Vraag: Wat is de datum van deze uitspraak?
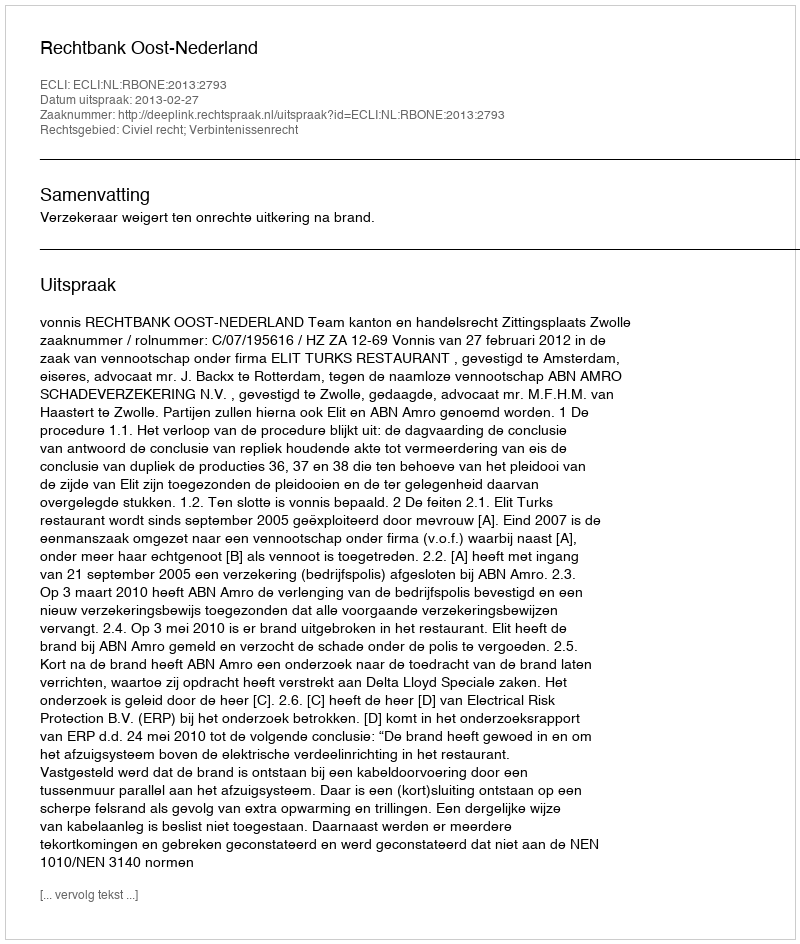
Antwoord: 2013-02-27